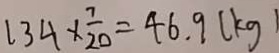
1 3 4 \times \frac { 7 } { 2 0 } = 4 6 . 9 ( k g )